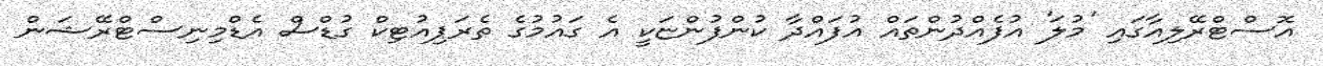
އޮސްޓްރޭލިއާގައި 'މުލަ' އުފެއްދުންތައް އުފައްދާ ކުންފުންޏަކީ އެ ގައުމުގެ ތެރަޕިއުޓިކް ގުޑްސް އެޑްމިނިސްޓްރޭޝަން